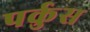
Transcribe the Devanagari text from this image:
पर्कुस